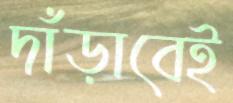
দাঁড়াবেই